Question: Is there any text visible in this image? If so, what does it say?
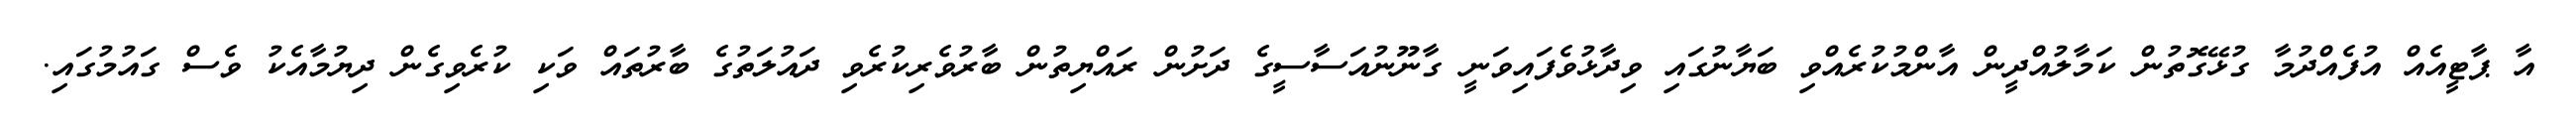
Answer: އާ ޕާޓީއެއް އުފެއްދުމާ ގުޅޭގޮތުން ކަމާލުއްދީން އާންމުކުރެއްވި ބަޔާނުގައި ވިދާޅުވެފައިވަނީ ގާނޫނުއަސާސީގެ ދަށުން ރައްޔިތުން ބާރުވެރިކުރެވި ދައުލަތުގެ ބާރުތައް ވަކި ކުރެވިގެން ދިޔުމާއެކު ވެސް ގައުމުގައި.